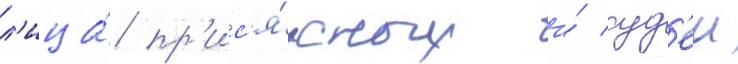
л'ица́ пр'ис'я́жных и́ суд'еи